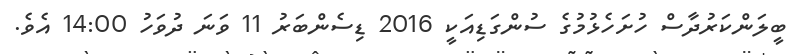
ބީލަންކަރުދާސް ހުށަހެޅުމުގެ ސުންގަޑިއަކީ 2016 ޑިސެންބަރު 11 ވަނަ ދުވަހު 14:00 އެވެ.